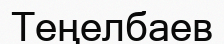
Теңелбаев